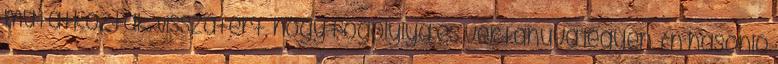
mutatkoztak. Visszatért, hogy fogolylyá és vértanuvá legyen. Én hasonló